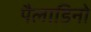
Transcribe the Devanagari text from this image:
पैलाडिनो